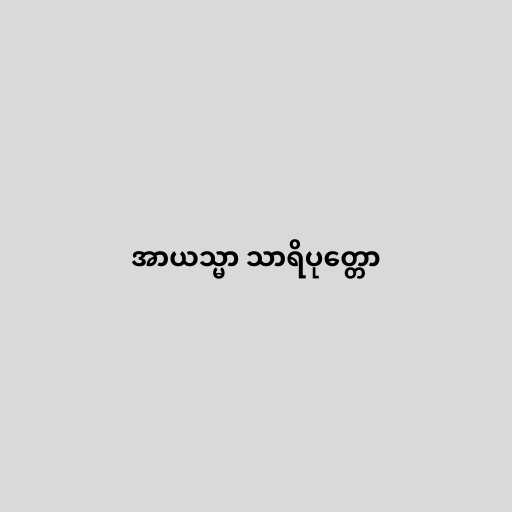
အာယသ္မာ သာရိပုတ္တော